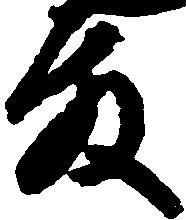
殿